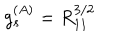
g _ { s } ^ { ( A ) } = R _ { 1 1 } ^ { 3 / 2 }